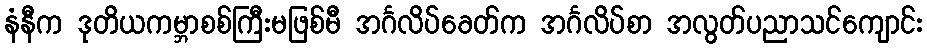
နံနီက ဒုတိယကမ္ဘာစစ်ကြီးမဖြစ်မီ အင်္ဂလိပ်ခေတ်က အင်္ဂလိပ်စာ အလွတ်ပညာသင်ကျောင်း